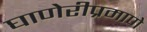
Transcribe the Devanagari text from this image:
घाणेरीप्रमाणे